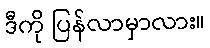
ဒီကို ပြန်လာမှာလား။